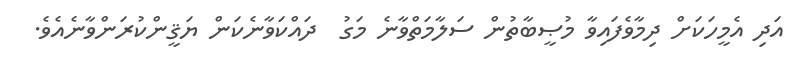
އަދި އެމީހަކަށް ދިމާވެފައިވާ މުޞީބާތުން ސަލާމަތްވާނެ މަގު  ދައްކަވާނެކަން ޔަޤީންކުރަންވާނެއެވެ.